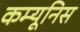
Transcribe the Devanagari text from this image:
कम्यूनिस